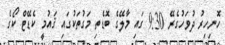
ހޮނިހިރު ދުވަހުގެރޭ 9:30 ގައި މާލޭގެ ބޮޑެތި މަގުތަކުގައި ޤައުމީ ކެޑޭޓް ކޯގެ